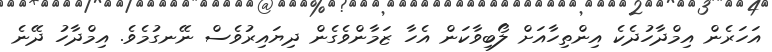
އަހަރެން އިމްދާހުދެކެ އިންތިހާއަށް ލޯބިވާކަން އެހާ ޒަމާންވެގެން ދިޔައިރުވެސް ނޭނގުމެވެ. އިމްދާހު ދޭނެ